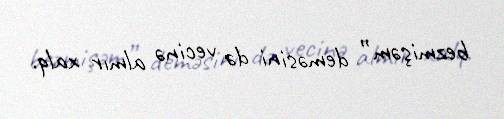
bezmişəm” deməsini də vecinə almır xalq.